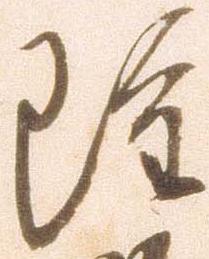
雖